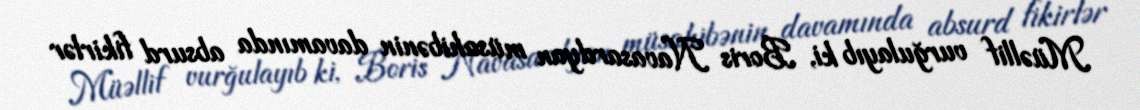
Müəllif vurğulayıb ki, Boris Navasardyan müsahibənin davamında absurd fikirlər